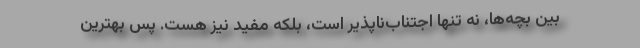
بین بچه‌ها، نه تنها اجتناب‌ناپذیر است، بلکه مفید نیز هست. پس بهترین